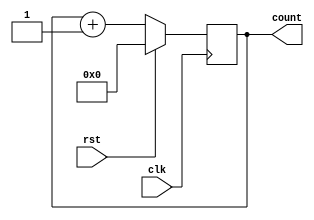
module synchronous_reset_counter(
    input wire clk,        // Clock signal
    input wire rst,        // Synchronous reset signal
    output reg [3:0] count // 4-bit output for the counter
);

// Behavior on the rising edge of the clock
always @(posedge clk) begin
    // Check for the synchronous reset
    if (rst) begin
        // Reset the count to zero
        count <= 4'b0000;
    end else begin
        // Increment the counter
        count <= count + 1;
    end
end

endmodule